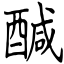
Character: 醎